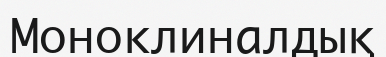
Моноклиналдық